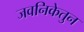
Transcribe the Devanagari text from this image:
जवनिकेतुन